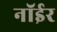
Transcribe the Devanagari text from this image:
नॉईर